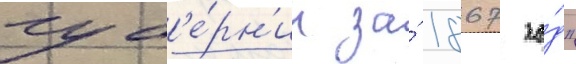
губ'е́рн'ии за́ 1867 го́д"